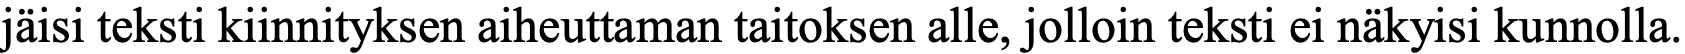
jäisi teksti kiinnityksen aiheuttaman taitoksen alle, jolloin teksti ei näkyisi kunnolla.